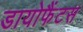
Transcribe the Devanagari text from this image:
डायोफैंटस